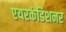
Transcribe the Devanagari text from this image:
एयरकंडिशनर